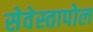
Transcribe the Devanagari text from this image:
सेवेस्तापोल